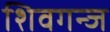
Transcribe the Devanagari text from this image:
शिवगन्ज